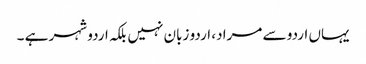
یہاں اردو سے مراد، اردو زبان نہیں بلکہ اردو شہر ہے ۔